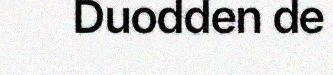
Duodden de